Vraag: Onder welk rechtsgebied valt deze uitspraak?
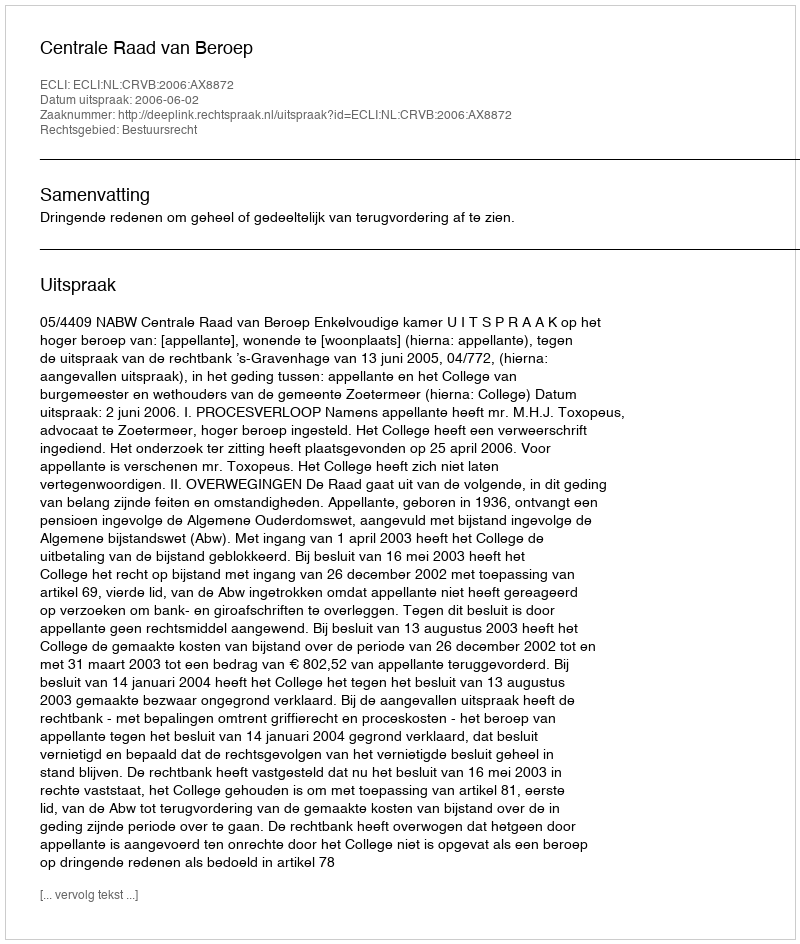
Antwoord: Bestuursrecht